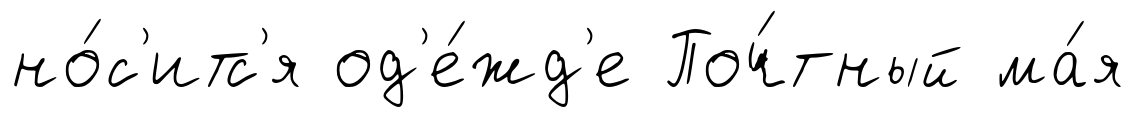
но́с'итс'я од'е́жд'е Поч́тный ма́я